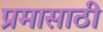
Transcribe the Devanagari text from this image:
प्रमासाठी